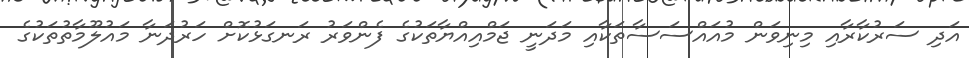
އަދި ސަރުކާރާއި މިނިވަން މުއައްސަސާތަކާއި މަދަނީ ޖަމްއިއްޔާތަކުގެ ފެންވަރު ރަނގަޅުކޮށް ހަރުދަނާ މައުލޫމާތުތަކުގެ